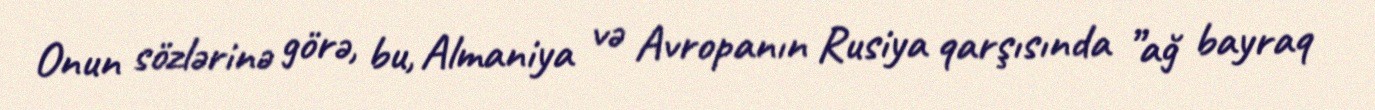
Onun sözlərinə görə, bu, Almaniya və Avropanın Rusiya qarşısında ”ağ bayraq